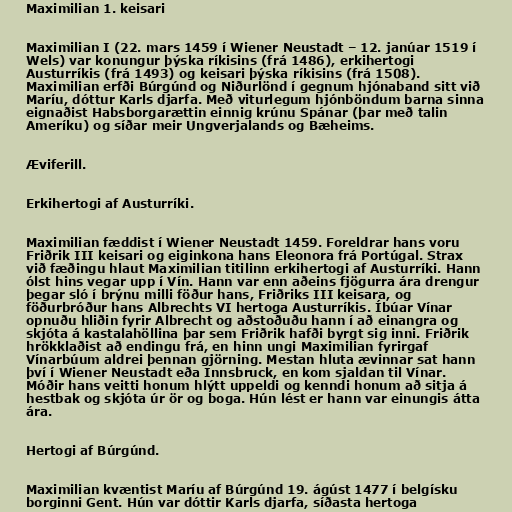
Maximilian 1. keisari

Maximilian I (22. mars 1459 í Wiener Neustadt – 12. janúar 1519 í
Wels) var konungur þýska ríkisins (frá 1486), erkihertogi
Austurríkis (frá 1493) og keisari þýska ríkisins (frá 1508).
Maximilian erfði Búrgúnd og Niðurlönd í gegnum hjónaband sitt við
Maríu, dóttur Karls djarfa. Með viturlegum hjónböndum barna sinna
eignaðist Habsborgarættin einnig krúnu Spánar (þar með talin
Ameríku) og síðar meir Ungverjalands og Bæheims.

Æviferill.

Erkihertogi af Austurríki.

Maximilian fæddist í Wiener Neustadt 1459. Foreldrar hans voru
Friðrik III keisari og eiginkona hans Eleonora frá Portúgal. Strax
við fæðingu hlaut Maximilian titilinn erkihertogi af Austurríki. Hann
ólst hins vegar upp í Vín. Hann var enn aðeins fjögurra ára drengur
þegar sló í brýnu milli föður hans, Friðriks III keisara, og
föðurbróður hans Albrechts VI hertoga Austurríkis. Íbúar Vínar
opnuðu hliðin fyrir Albrecht og aðstoðuðu hann í að einangra og
skjóta á kastalahöllina þar sem Friðrik hafði byrgt sig inni. Friðrik
hrökklaðist að endingu frá, en hinn ungi Maximilian fyrirgaf
Vínarbúum aldrei þennan gjörning. Mestan hluta ævinnar sat hann
því í Wiener Neustadt eða Innsbruck, en kom sjaldan til Vínar.
Móðir hans veitti honum hlýtt uppeldi og kenndi honum að sitja á
hestbak og skjóta úr ör og boga. Hún lést er hann var einungis átta
ára.

Hertogi af Búrgúnd.

Maximilian kvæntist Maríu af Búrgúnd 19. ágúst 1477 í belgísku
borginni Gent. Hún var dóttir Karls djarfa, síðasta hertoga